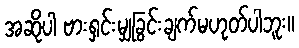
အဆိုပါ ဗားရှင်းမျှခြွင်းချက်မဟုတ်ပါဘူး။